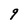
Character: q